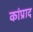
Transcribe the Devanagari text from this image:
कांप्राद